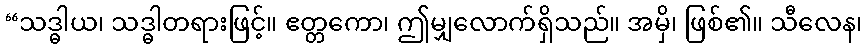
“သဒ္ဓါယ၊ သဒ္ဓါတရားဖြင့်။ ဧတ္တကော၊ ဤမျှလောက်ရှိသည်။ အမှိ၊ ဖြစ်၏။ သီလေန၊